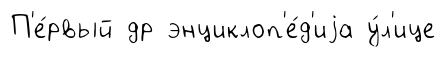
П'е́рвый др энциклоп'е́д'иjа у́л'ице